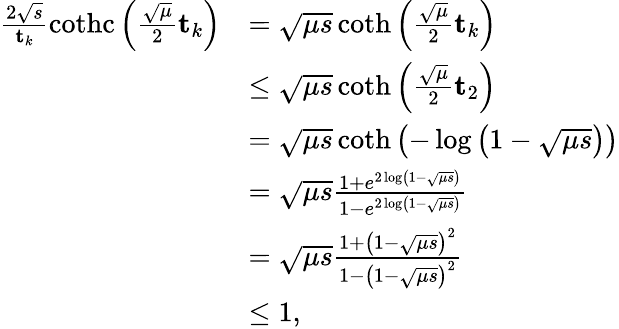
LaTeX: \begin{array}{rl}{\frac{2\sqrt{s}}{\mathbf{t}_{k}}\operatorname{cothc}\left(\frac{\sqrt{\mu}}{2}\mathbf{t}_{k}\right)}&{=\sqrt{\mu s}\coth\left(\frac{\sqrt{\mu}}{2}\mathbf{t}_{k}\right)}\\ &{\leq\sqrt{\mu s}\coth\left(\frac{\sqrt{\mu}}{2}\mathbf{t}_{2}\right)}\\ &{=\sqrt{\mu s}\coth\left(-\log\left(1-\sqrt{\mu s}\right)\right)}\\ &{=\sqrt{\mu s}\frac{1+e^{2\log\left(1-\sqrt{\mu s}\right)}}{1-e^{2\log\left(1-\sqrt{\mu s}\right)}}}\\ &{=\sqrt{\mu s}\frac{1+\left(1-\sqrt{\mu s}\right)^{2}}{1-\left(1-\sqrt{\mu s}\right)^{2}}}\\ &{\leq 1,}\end{array}